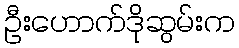
ဦးဟောက်ဒိုဆွမ်းက